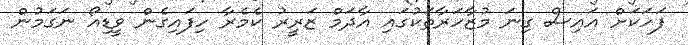
ފަހަކަށް އައިސް ގިނަ މުޒާހަރާތަކުގައި އާދަމް ޒަރީރު ކެމެރާ ހިފައިގެން ވީޑިއޯ ނަގަމުން